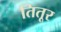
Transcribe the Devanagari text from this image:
तितूर